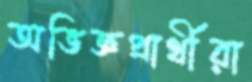
অভিজ্ঞপ্রার্থীরা